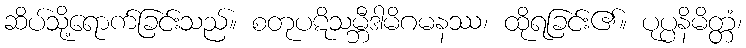
ဆိပ်သို့ရောက်ခြင်းသည်။ စတုပဋိသမ္ဘီဒါမိဂမနဿ၊ ထိုရခြင်း၏။ ပုပ္ပနိမိတ္တံ၊